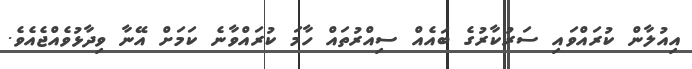
އިއުލާން ކުރައްވައި ސަރުކާރުގެ ބައެއް ސިއްރުތައް ހާމަ ކުރައްވާނެ ކަމަށް އޭނާ ވިދާޅުވެއްޖެއެވެ.